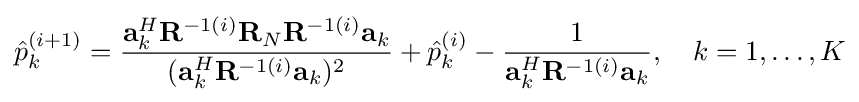
{\hat {p}}_{k}^{(i+1)}={\frac {{\bf {a}}_{k}^{H}{\bf {R}}^{-1{(i)}}{\bf {R}}_{N}{\bf {R}}^{-1{(i)}}{\bf {a}}_{k}}{({\bf {a}}_{k}^{H}{\bf {R}}^{-1{(i)}}{\bf {a}}_{k})^{2}}}+{\hat {p}}_{k}^{(i)}-{\frac {1}{{\bf {a}}_{k}^{H}{\bf {R}}^{-1{(i)}}{\bf {a}}_{k}}},\quad k=1,\ldots ,K